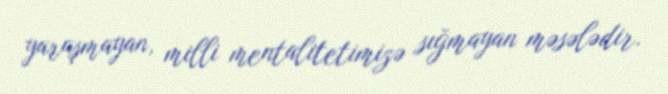
yaraşmayan, milli mentalitetimizə sığmayan məsələdir.